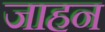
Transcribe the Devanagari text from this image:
जाहन